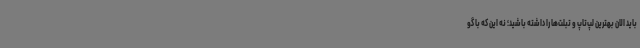
باید الان بهترین لپ‌تاپ و تبلت‌ها را داشته باشید؛ نه این که با گو